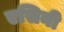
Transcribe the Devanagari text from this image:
एसिनी